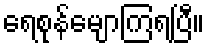
ရေစုန်မျောကြရပြီ။